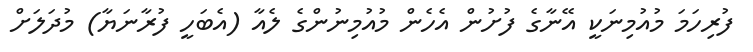
ފުރިހަމަ މުއުމިނަކީ އޭނާގެ ފުށުން އެހެން މުއުމިނުންގެ ލެއާ (އެބަހީ ފުރާނަޔާ) މުދަލަށް